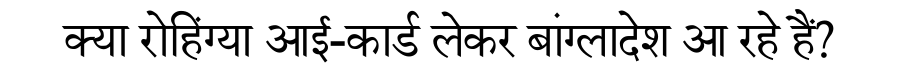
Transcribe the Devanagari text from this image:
क्या रोहिंग्या आई-कार्ड लेकर बांग्लादेश आ रहे हैं?